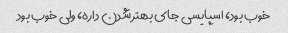
خوب بود، اسپایسی جای بهتر شدن داره، ولی خوب بود